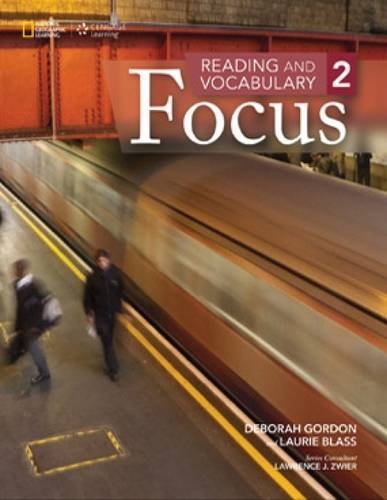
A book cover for Reading and Vocabulary Focus 2; Deborah Gordon; Reference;